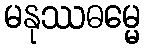
မနုဿဓမ္မေ